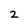
Character: 2